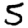
Digit: 5